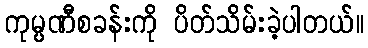
ကုမ္ပဏီစခန်းကို ပိတ်သိမ်းခဲ့ပါတယ်။